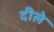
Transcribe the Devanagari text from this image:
दीले